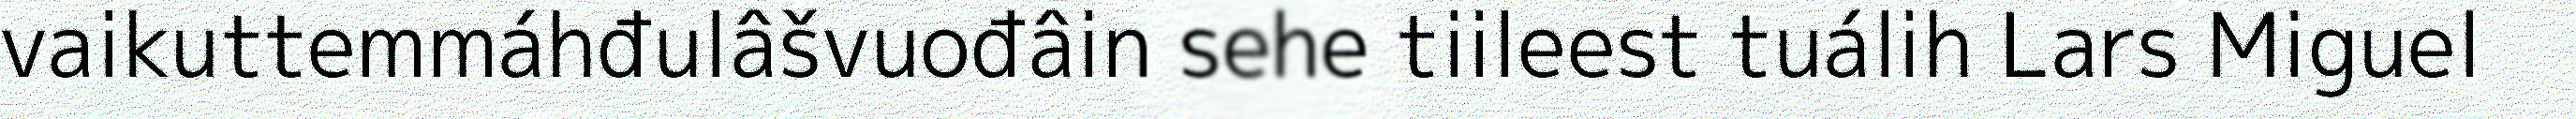
vaikuttemmáhđulâšvuođâin sehe tiileest tuálih Lars Miguel